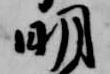
明